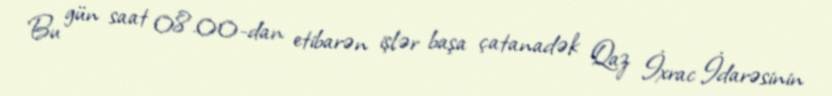
Bu gün saat 08.00-dan etibarən işlər başa çatanadək Qaz İxrac İdarəsinin